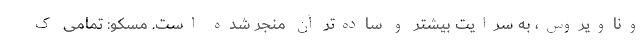
وناویروس، به سرایت بیشتر و ساده‌تر آن منجر شده است. مسکو: تمامی ک